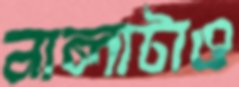
নালাটাও